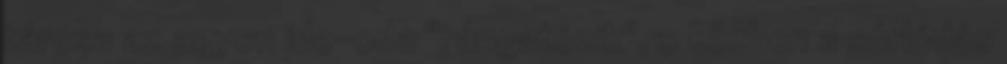
tárcsa az agyon ide-oda "rángatózik", s közben a súrlódás